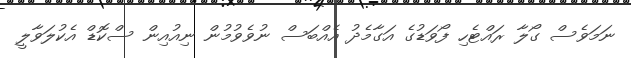
ނަމަވެސް ގޯލާ ރައްޓެހި ފޯވަޑުގެ އަގާމެދު އެއްބަސް ނުވެވުމުން ނިއުއިން ސްކޮޑް އެކުލަވާލީ